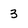
Character: 3